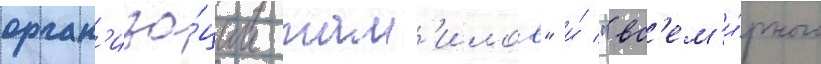
орган'иза́ции там'илов" и́ "вс'ем'и́рного